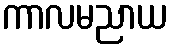
ကာလမညာယ